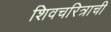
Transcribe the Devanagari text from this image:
शिवचरित्राची